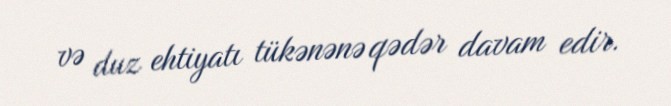
və duz ehtiyatı tükənənə qədər davam edir.